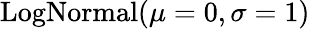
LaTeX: \mathrm{LogNormal}(\mu=0,\sigma=1)